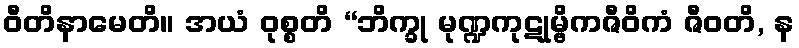
ဝီတိနာမေတိ။ အယံ ဝုစ္စတိ “ဘိက္ခု မုဏ္ဍကုဋုမ္ဗိကဇီဝိကံ ဇီဝတိ, န